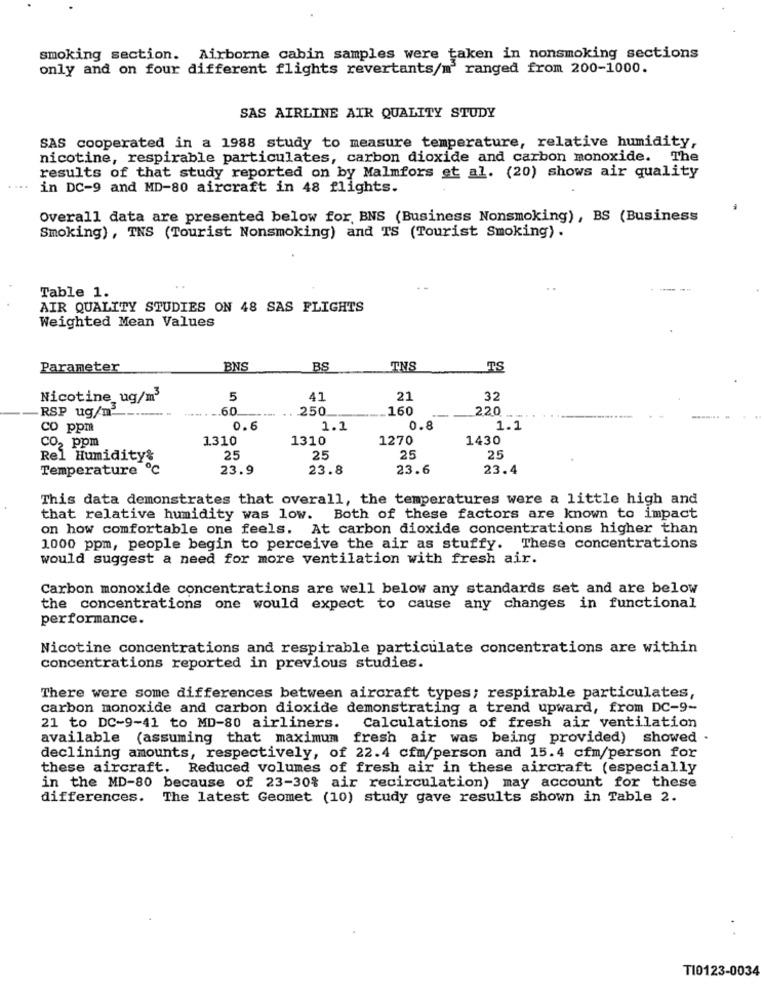
smoking section. Airborne cabin samples were taken in nonsmoking sections
only and on four different flights revertants/m ranged from 200-1000.
SAS AIRLINE AIR QUALITY STUDY
SAS cooperated in a 1988 study to measure temperature, relative humidity,
nicotine, respirable particulates, carbon dioxide and carbon monoxide. The
results of that study reported on by Malmfors et al. (20) shows air quality
in DC-9 and MD-80 aircraft in 48 flights.
Overall data are presented below for, BNS (Business Nonsmoking), BS (Business
Smoking) , INS (Tourist Nonsmoking) and TS (Tourist Smoking) .
Table 1.
AIR QUALITY STUDIES ON 48 SAS FLIGHTS
Weighted Mean Values
Parameter
BNS
BS
TNS
TS
Nicotine ug/m3
5
41
21
32
RSP ug/m2
60
250
160
220.
co ppm
0.6
1.1
0.8
1.1
CO2 ppm
1.310
1310
1270
1430
Rel Humidity&
25
25
25
25
Temperature
23.9
23.8
23.6
23.4
This data demonstrates that overall, the temperatures were a little high and
that relative humidity was low. Both of these factors are known to impact
on how comfortable one feels. At carbon dioxide concentrations higher than
1000 ppm, people begin to perceive the air as stuffy. These concentrations
would suggest a need for more ventilation with fresh air.
Carbon monoxide concentrations are well below any standards set and are below
the concentrations one would expect to cause any changes in functional
performance.
Nicotine concentrations and respirable particulate concentrations are within
concentrations reported in previous studies.
There were some differences between aircraft types; respirable particulates,
carbon monoxide and carbon dioxide demonstrating a trend upward, from DC-9-
21 to DC-9-41 to MD-80 airliners.
Calculations of fresh air ventilation
available (assuming that maximum fresh air was being provided) showed .
declining amounts, respectively, of 22.4 cfm/person and 15.4 cfm/person for
these aircraft. Reduced volumes of fresh air in these aircraft (especially
in the MD-80 because of 23-30% air recirculation) may account for these
differences.
The latest Geomet (10) study gave results shown in Table 2.
. .
TI0123-0034